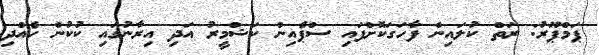
ޕަމްޕޫރު: ރަތް ކުލައިން ފާހަގަކޮށްފައި ސްޕެއިން ކަޝްމީރު އަދި އިރާނުގައި ކުކުން ހެއްދި